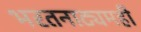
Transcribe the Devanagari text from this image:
भरतनाट्यमही